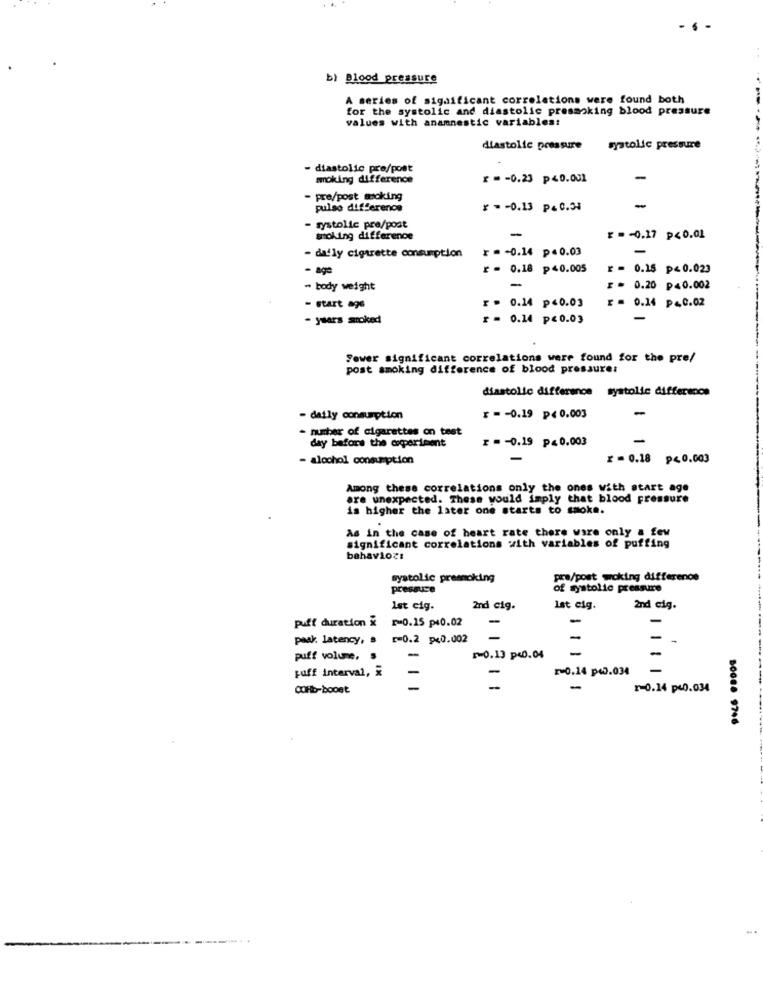
b) Blood pressure
A series of significant correlations were found both
for the systolic and diastolic presmoking blood pressure
values with anamnestic variables:
diastolic pressure
systolic pressure
- diastolic pre/post
moking difference
£ = - 0.23 p40.001
pre/post moking
pulso difference
₹ =- 0.13 P&C.54
-
systolic pre/post
smoking difference
-
₹ =- 0.17 p<0.01
- daily cigarette consumption
r . - 0.14 p=0.03
. 0.18 p40.005
₾ = 0.15 p<0.023
- body weight
$ = 0.20 p40.002
0.14 p<0.03
r . 0.14 p<0.02
- start age
- years smoked
0.14 p<0.03
-
Sewer significant correlations were found for the pre/
post smoking difference of blood pressure:
diastolic difference systolic differscos
-
- daily consumption
₹ =- 0.19 p<0.003
- number of cigarettes on test
r = - 0.19 p<0.003
-
day before the experiment
- alochol consumption
z = 0.18 p<0,003
Among these correlations only the ones with start age
are unexpected. These would imply that blood pressure
is higher the later one starts to smoke.
As in the case of heart rate there ware only a few
significant correlations with variables of puffing
behavior:
systolic premoking
pre/post woking difference
pressuce
of systolic preasure
Ist cig.
2nd cig.
Ist cig.
2nd cig.
puff duration &
0.15 p40.02
-
-
-
paak latency,
₾=0.2 p<0.002
-
-
-
-
-
puff volume, s
-
₪0.13 p<0.04
puff interval, &
-
₪0.14 p4.034
COHb-boost
-
r-0.14 p40.034
50088 9746